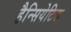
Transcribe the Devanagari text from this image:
हैन्सियेटिक